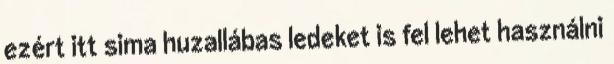
ezért itt sima huzallábas ledeket is fel lehet használni